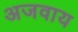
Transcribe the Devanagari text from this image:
अजवाय